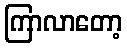
ကြာလာတော့